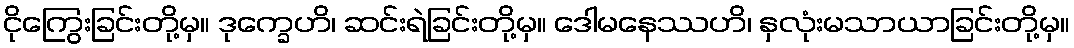
ငိုကြွေးခြင်းတို့မှ။ ဒုက္ခေဟိ၊ ဆင်းရဲခြင်းတို့မှ။ ဒေါမနေဿဟိ၊ နှလုံးမသာယာခြင်းတို့မှ။